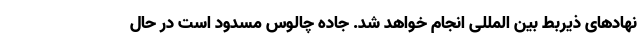
نهادهای ذیربط بین المللی انجام خواهد شد. جاده چالوس مسدود است در حال